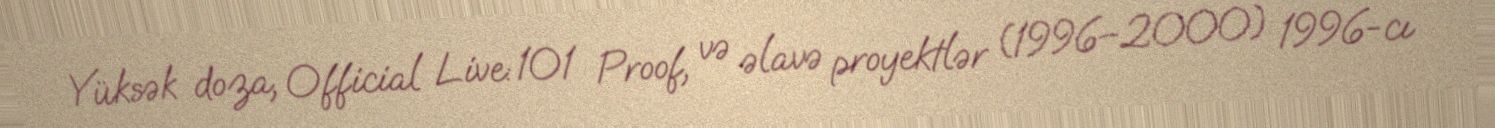
Yüksək doza, Official Live: 101 Proof, və əlavə proyektlər (1996–2000) 1996-cı